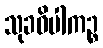
သုခဝိပါကဉ္စ